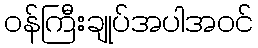
ဝန်ကြီးချုပ်အပါအဝင်